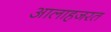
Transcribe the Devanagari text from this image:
आलाहजरत